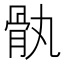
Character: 骫